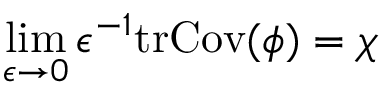
\operatorname* { l i m } _ { \epsilon \rightarrow 0 } \epsilon ^ { - 1 } \mathrm { t r } \mathrm { C o v } ( \phi ) = \chi